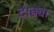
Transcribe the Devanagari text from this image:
दाढ्या